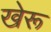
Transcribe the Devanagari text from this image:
खेरू